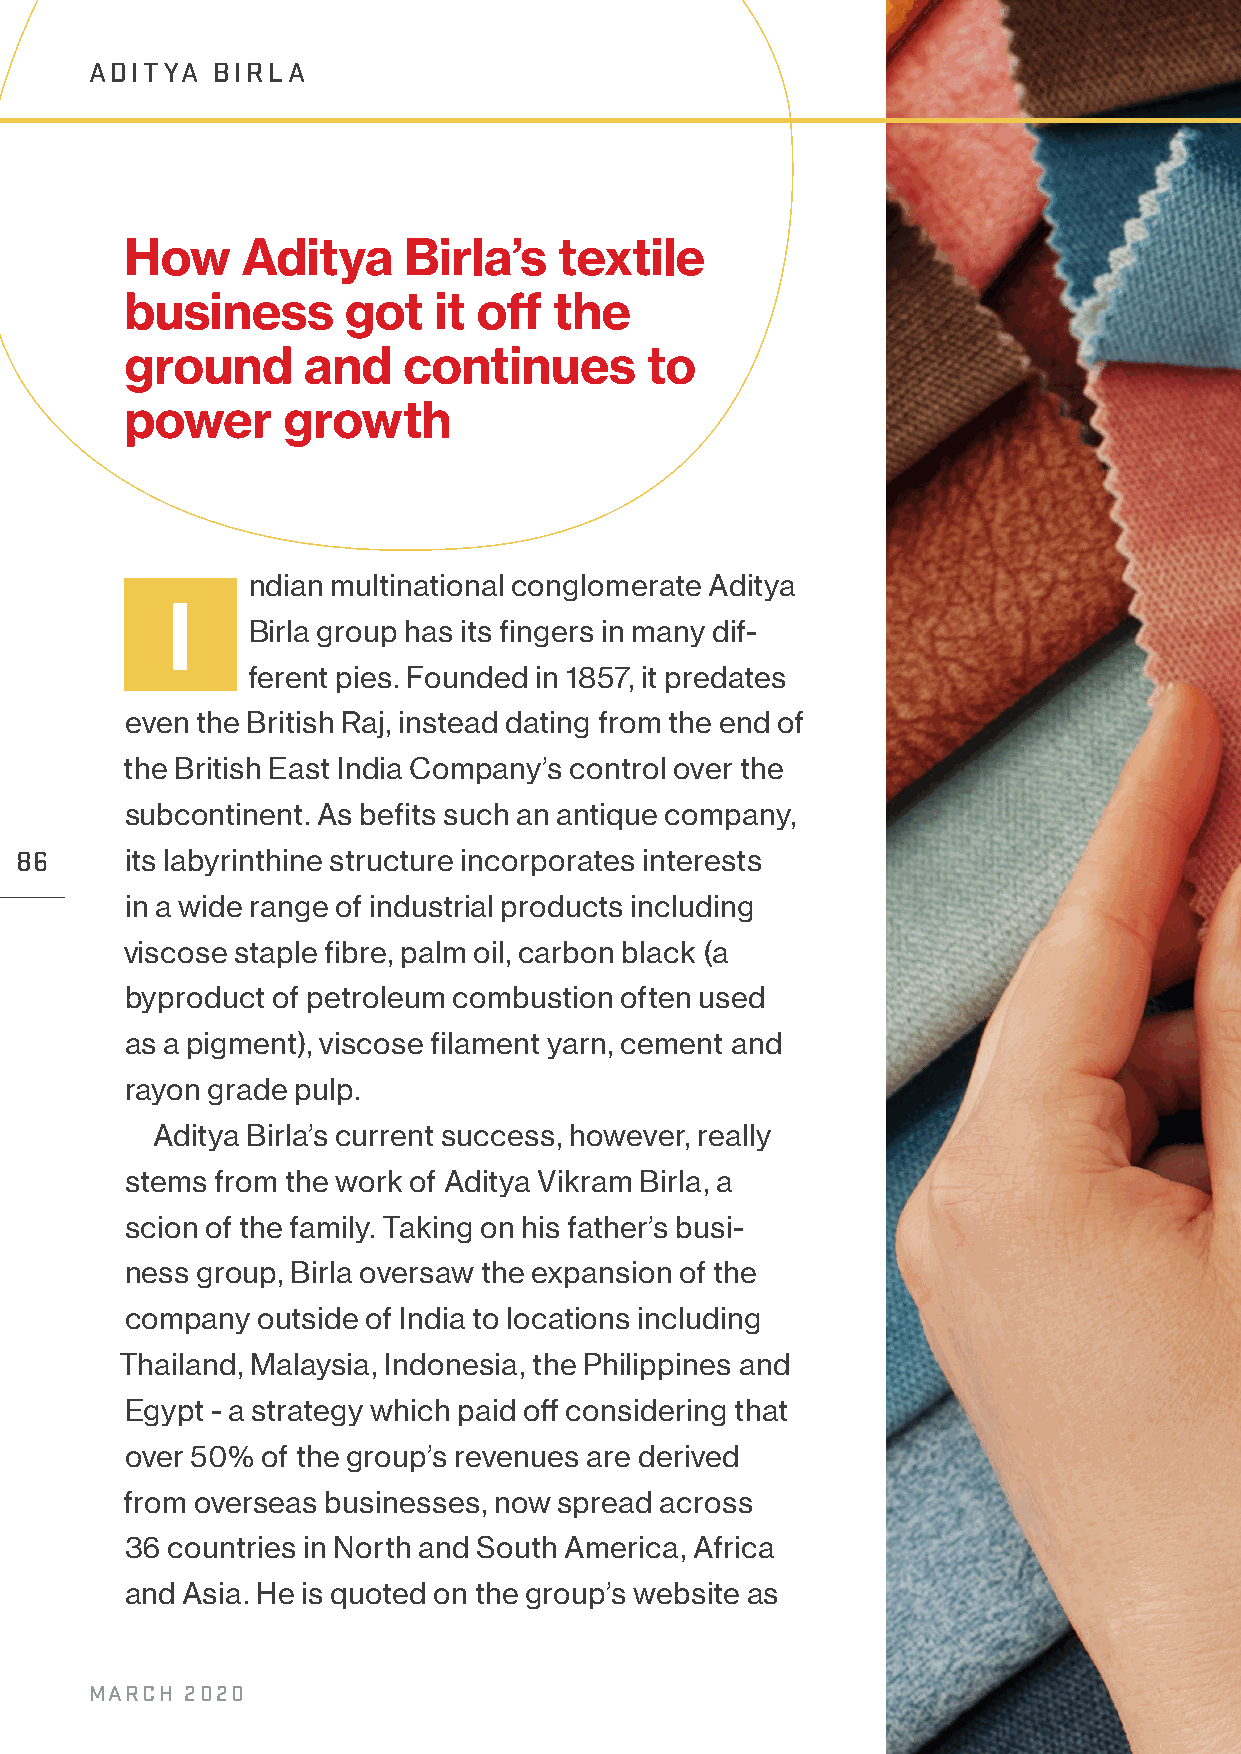
ADITYA  BIRLA
 How     Aditya     Birla’s   textile
 business       got   it off  the
 ground      and    continues       to
 power      growth
 ndian multinational conglomerate Aditya
 I
 Birla group has its fingers in many dif-
 ferent pies. Founded in 1857, it predates
 even the British Raj, instead dating from the end of
 the British East India Company’s control over the
 subcontinent. As befits such an antique company,
 86     its labyrinthine structure incorporates interests
 in a wide range of industrial products including
 viscose staple fibre, palm oil, carbon black (a
 byproduct of petroleum combustion often used
 as a pigment), viscose filament yarn, cement and
 rayon grade pulp.
 Aditya Birla’s current success, however, really
 stems from the work of Aditya Vikram Birla, a
 scion of the family. Taking on his father’s busi-
 ness group, Birla oversaw the expansion of the
 company  outside of India to locations including
 Thailand, Malaysia, Indonesia, the Philippines and
 Egypt - a strategy which paid off considering that
 over 50% of the group’s revenues are derived
 from overseas businesses, now spread across
 36 countries in North and South America, Africa
 and Asia. He is quoted on the group’s website as
 MARCH 2020